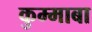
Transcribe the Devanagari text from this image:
कुम्माबा